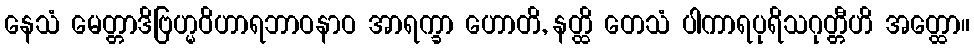
နေသံ မေတ္တာဒိဗြဟ္မဝိဟာရဘာဝနာဝ အာရက္ခာ ဟောတိ, နတ္ထိ တေသံ ပါကာရပုရိသဂုတ္တီဟိ အတ္ထော။